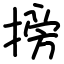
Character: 搒